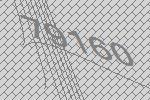
79160